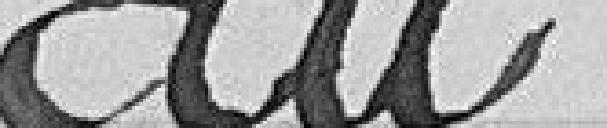
du